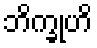
ဘိက္ခုဟိ